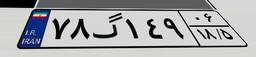
۰۹گ۴۷۴۱۳